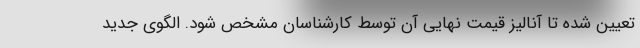
تعیین شده تا آنالیز قیمت نهایی آن توسط کارشناسان مشخص شود. الگوی جدید